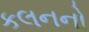
કલનનો